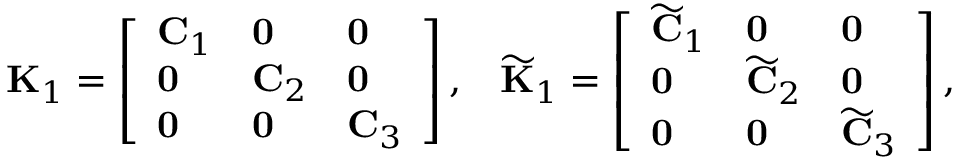
\mathbf { K } _ { 1 } = \left[ \begin{array} { l l l } { \mathbf { C } _ { 1 } } & { \mathbf { 0 } } & { \mathbf { 0 } } \\ { \mathbf { 0 } } & { \mathbf { C } _ { 2 } } & { \mathbf { 0 } } \\ { \mathbf { 0 } } & { \mathbf { 0 } } & { \mathbf { C } _ { 3 } } \end{array} \right] , \; \; \; \widetilde { \mathbf { K } } _ { 1 } = \left[ \begin{array} { l l l } { \widetilde { \mathbf { C } } _ { 1 } } & { \mathbf { 0 } } & { \mathbf { 0 } } \\ { \mathbf { 0 } } & { \widetilde { \mathbf { C } } _ { 2 } } & { \mathbf { 0 } } \\ { \mathbf { 0 } } & { \mathbf { 0 } } & { \widetilde { \mathbf { C } } _ { 3 } } \end{array} \right] ,